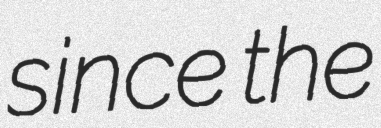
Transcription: since the